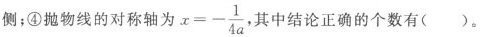
侧；④抛物线的对称轴为 $$x=- \frac{1}{4a}$$ ，其中结论正确的个数有( )。